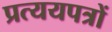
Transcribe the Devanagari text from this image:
प्रत्ययपत्रों